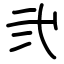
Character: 弐